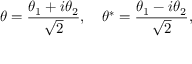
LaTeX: \theta = { \frac { \theta _ { 1 } + i \theta _ { 2 } } { \sqrt { 2 } } } , \quad \theta ^ { * } = { \frac { \theta _ { 1 } - i \theta _ { 2 } } { \sqrt { 2 } } } ,